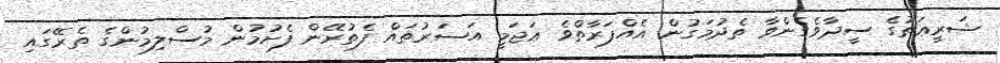
ޝަރީޢަތުގެ ސީދާވެގެންވާ ތެދުމަގުން އެއްފަރާތްވެ ޢަޖަމީ އަސަރުތައް ފެތުރޭން ފެށުމުން މުސްލިމުންގެ ތެރޭގައި